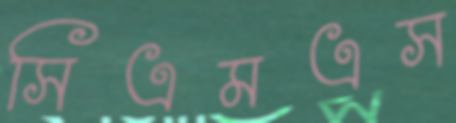
সিএমএস